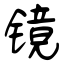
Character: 镜